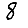
Digit: 8